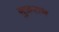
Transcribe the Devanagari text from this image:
ग़ुफ़रान